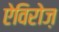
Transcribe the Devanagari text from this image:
ऐविरोज़